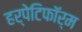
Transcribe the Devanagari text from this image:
हर्पेटिफॉर्म